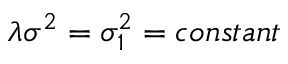
\lambda \sigma ^ { 2 } = \sigma _ { 1 } ^ { 2 } = c o n s t a n t